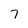
Character: 7